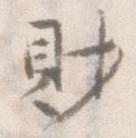
財